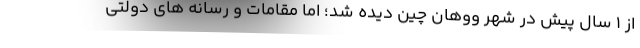
از 1 سال پیش در شهر ووهان چین دیده شد؛ اما مقامات و رسانه های دولتی